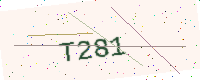
Text: T281